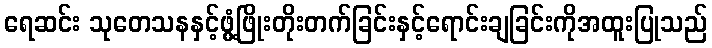
ရေဆင်း သုတေသနနှင့်ဖွံ့ဖြိုးတိုးတက်ခြင်းနှင့်ရောင်းချခြင်းကိုအထူးပြုသည်